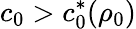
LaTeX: c_{0}>c_{0}^{*}(\rho_{0})